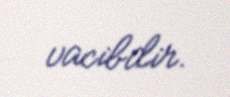
vacibdir.